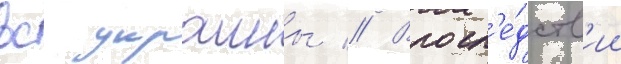
вс украины // Впосл'е́дств'ии